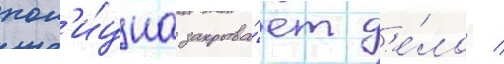
пол'и́циа закрыва́ет д'е́ло /